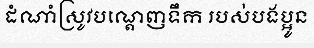
ដំណាំស្រូវបណ្តេញទឹក របស់បងប្អូន